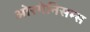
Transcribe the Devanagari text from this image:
ओरगेनिसम्स